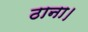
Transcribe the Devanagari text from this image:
ठाना।